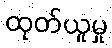
ထုတ်ယူမှု